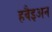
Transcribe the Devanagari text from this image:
हवैइअन